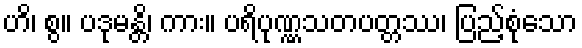
ဟိ၊ စွ။ ပဒုမန္တိ၊ ကား။ ပရိပုဏ္ဏသတပတ္တဿ၊ ပြည့်စုံသော